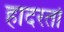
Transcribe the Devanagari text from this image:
हादरतो